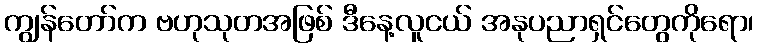
ကျွန်တော်က ဗဟုသုတအဖြစ် ဒီနေ့လူငယ် အနုပညာရှင်တွေကိုရော၊